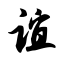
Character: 谊